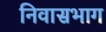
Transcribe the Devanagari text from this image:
निवासभाग